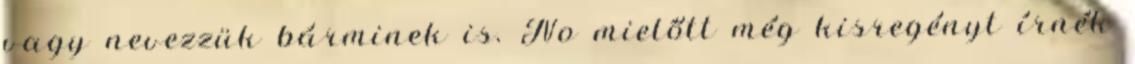
vagy nevezzük bárminek is. No mielőtt még kisregényt írnék